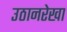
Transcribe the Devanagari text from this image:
उठानरेखा